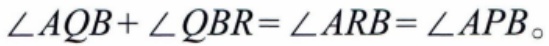
\(\angle AQB+\angle QBR=\angle ARB=\angle APB\)